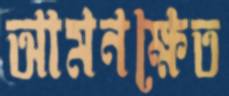
আমনক্ষেত